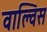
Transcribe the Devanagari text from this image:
वाल्विस